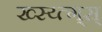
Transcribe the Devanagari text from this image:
ख्स्य्त्ग्स्